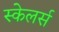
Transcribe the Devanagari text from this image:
स्केलर्स